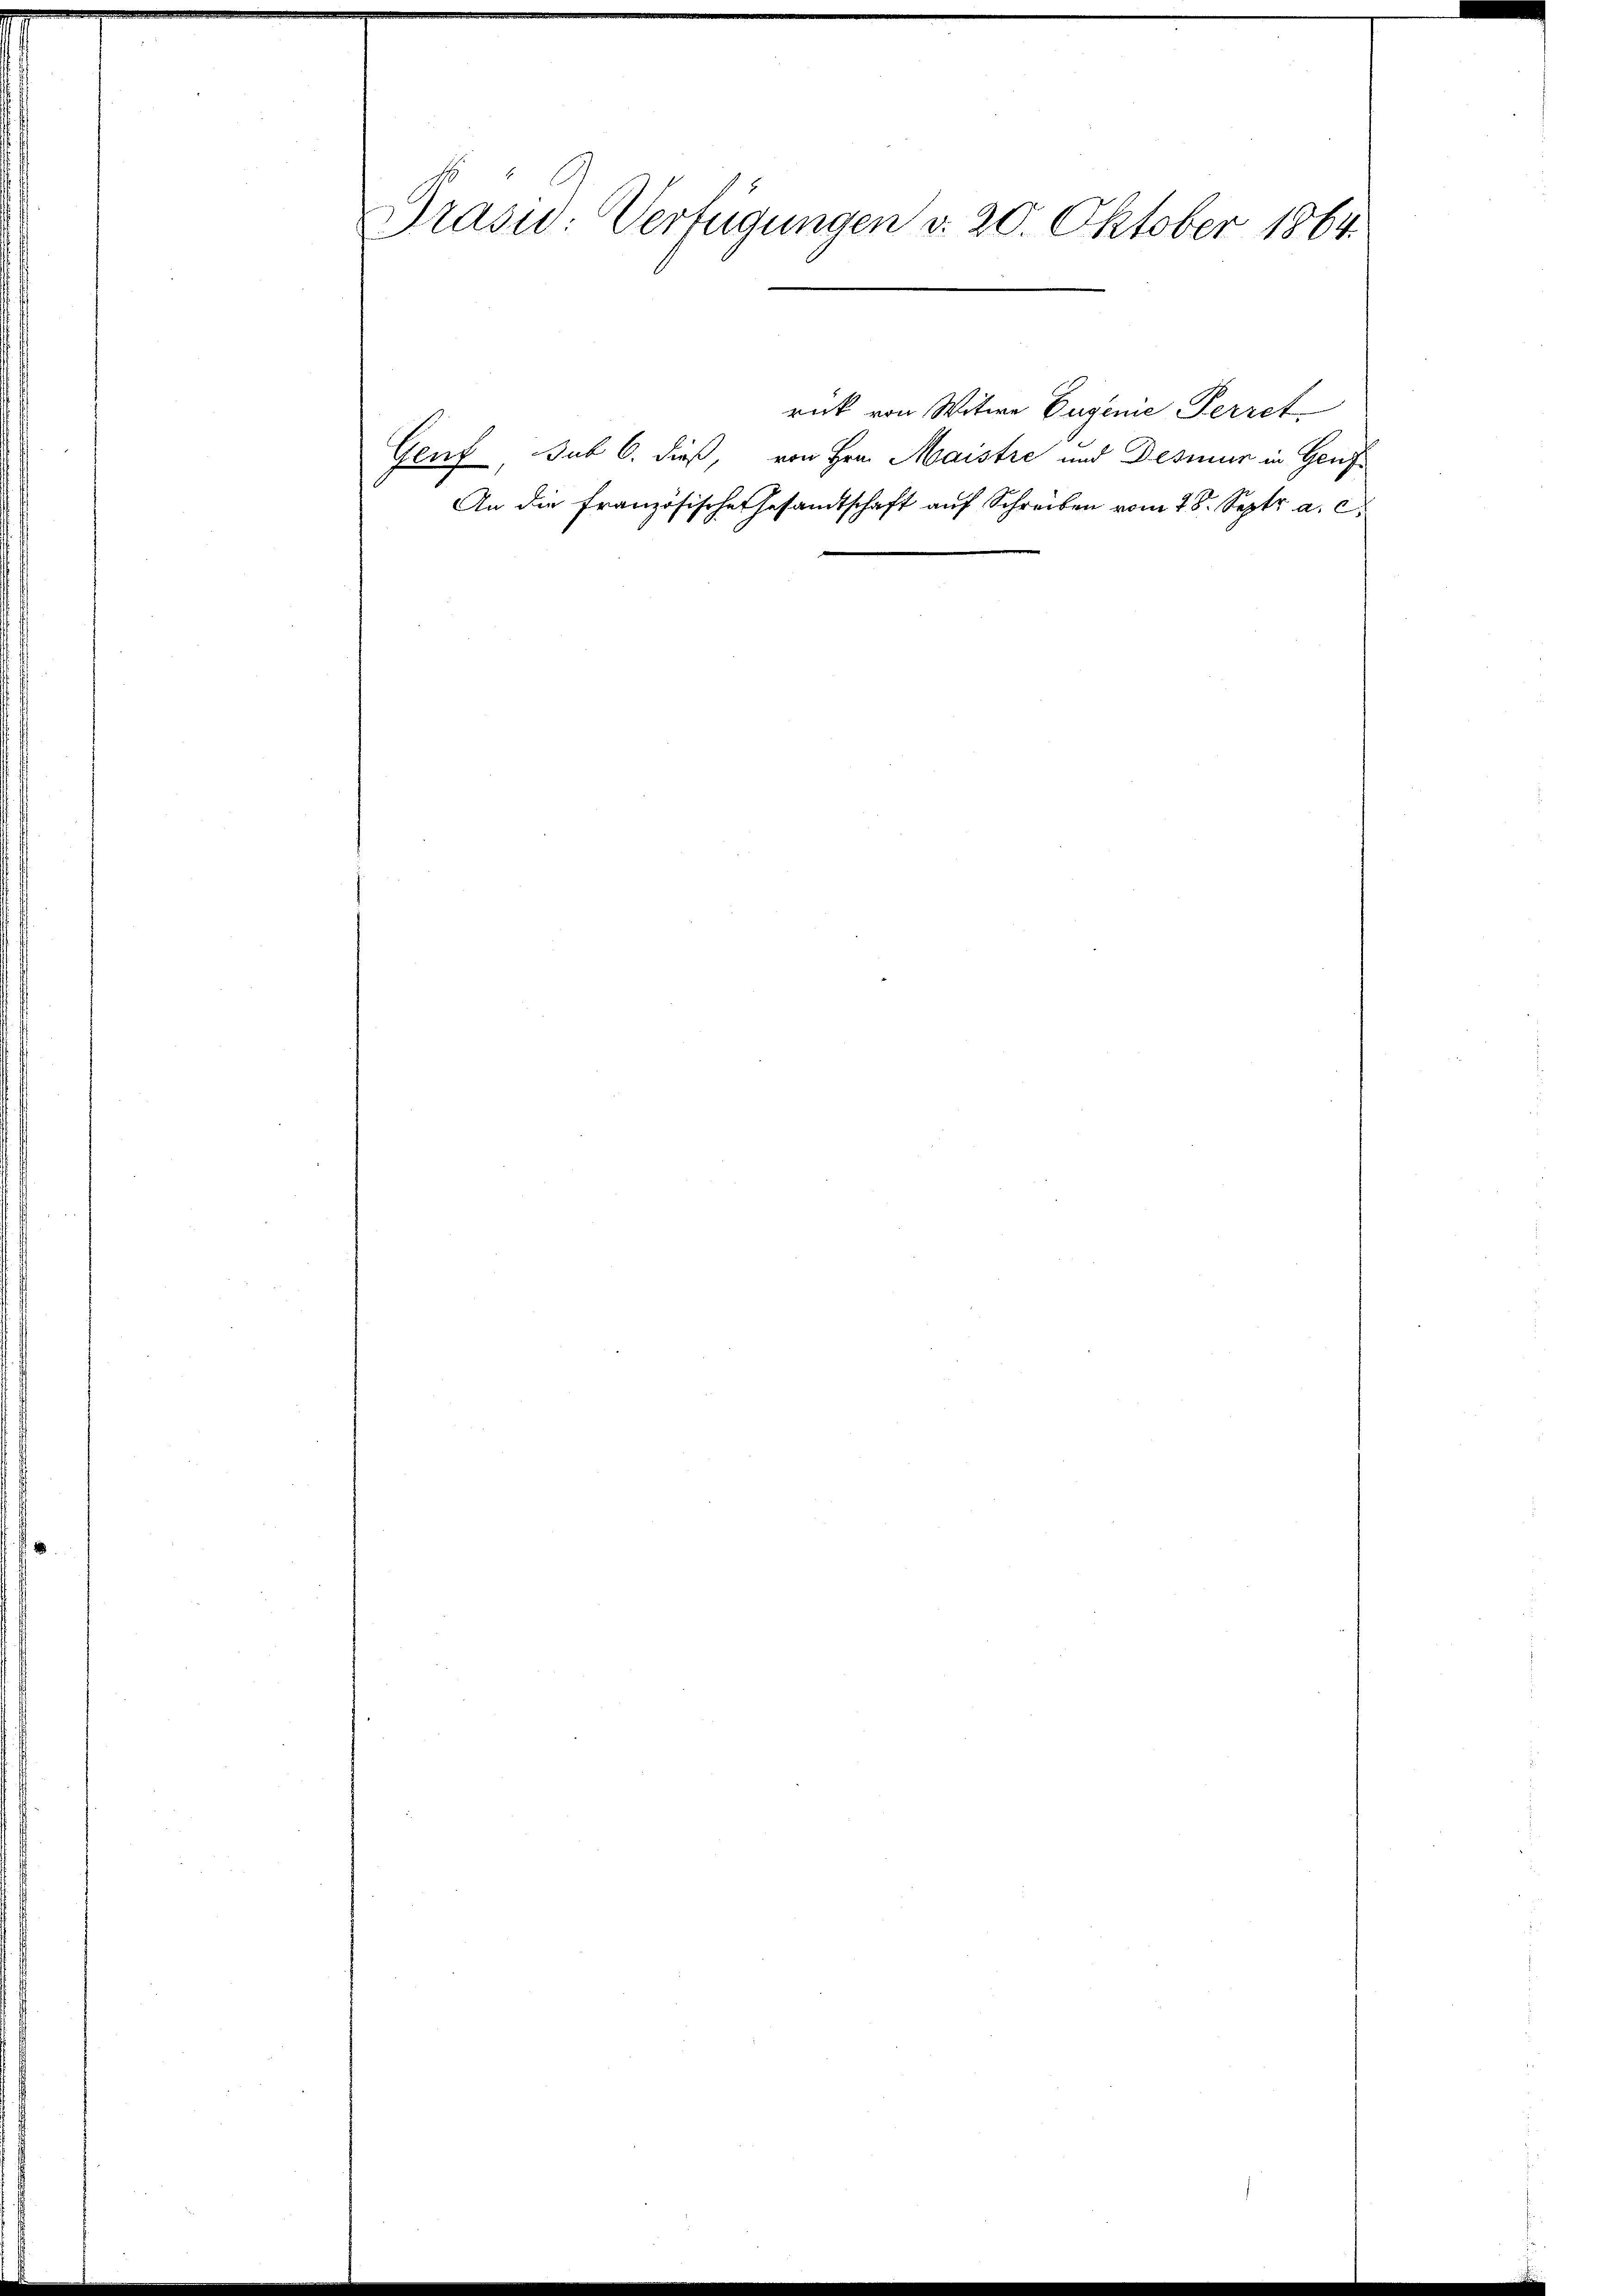
Präsid: Verfügungen d. 20. Oktober 1864.

Genf, sub 6. dieß, von Hrn. Maistre und Dessur in Genf
An die Französische Gesandtschaft auf Schreiben vom 28. Septr a. c.

rück von Witwe Eugenie Perret